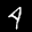
Label: 4